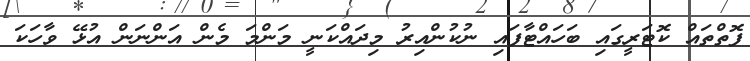
ފޮތްތައް ކޮޓަރީގައި ބަހައްޓާފައި ނުކުންއިރު މިދައްކަނީ މަންމަ މެން އަންނަން އުޅޭ ވާހަކަ